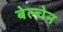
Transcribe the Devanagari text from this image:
बेल्चेन